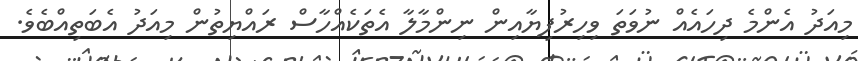
މިއަދު އެންމެ ދިހައެއް ނުވަތަ ވިހިރުފިޔާއިން ނިންމާލާ އެތަކެއްހާސް ރައްޔިތުން މިއަދު އެބަތިއްބެވެ.